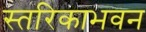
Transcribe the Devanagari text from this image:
स्तरिकाभवन